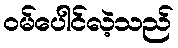
ဝမ်ပေါင်လဲ့သည်